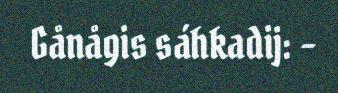
Gånågis sáhkadij: –